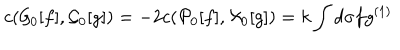
c ( { \cal G } _ { 0 } [ f ] , { \cal G } _ { 0 } [ g ] ) = - 2 c ( { \cal P } _ { 0 } [ f ] , { \cal X } _ { 0 } [ g ] ) = k \int d \sigma f g ^ { ( 1 ) }